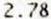
2.78